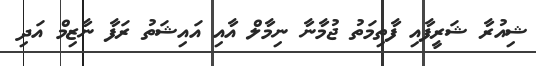
ޝިއުރާ ޝަރީފާއި ފާތިމަތު ޖުމާނާ ނިމާލް އާއި އައިޝަތު ރަފާ ނާޒިމް އަދި